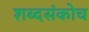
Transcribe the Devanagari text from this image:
शब्दसंकोच